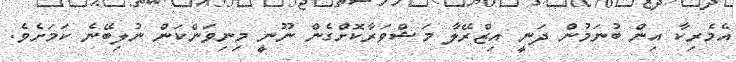
އެމެރިކާ އިން ބުނަމުން ދަނީ އިޒްރޭލާ މަޝްވަރާކޮށްގެން ނޫނީ މިނިވަންކަން ނުލިބޭނެ ކަމަށެވެ.